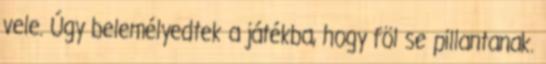
vele. Úgy belemélyedtek a játékba, hogy föl se pillantanak.